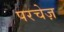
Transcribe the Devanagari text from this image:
परचेज़